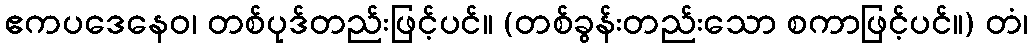
ဧကပဒေနေဝ၊ တစ်ပုဒ်တည်းဖြင့်ပင်။ (တစ်ခွန်းတည်းသော စကာဖြင့်ပင်။) တံ၊